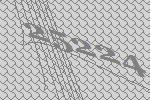
25224